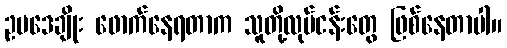
ဥပဒေချိုး ဖောက်နေရတာက သူတို့လုပ်ငန်းတွေ ဖြစ်နေတာပါ။